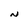
Character: N